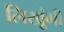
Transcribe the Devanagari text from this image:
लिखूंगी